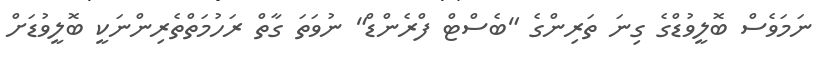
ނަމަވެސް ބޮލީވުޑްގެ ގިނަ ތަރިންގެ "ބެސްޓް ފްރެންޑް" ނުވަތަ ގާތް ރަހުމަތްތެރިންނަކީ ބޮލީވުޑަށް